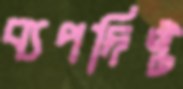
ব্যপদিষ্ট